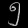
Digit: ၅